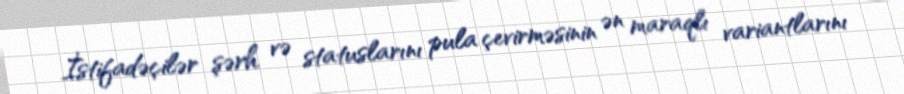
İstifadəçilər şərh və statuslarını pula çevirməsinin ən maraqlı variantlarını